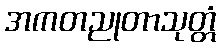
အကတညုတာသုတ္တံ